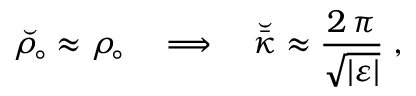
\breve { \rho _ { \! \circ } } \approx \rho _ { \! \circ } \quad \Longrightarrow \quad \breve { \bar { \kappa } } \approx \frac { 2 \, \pi } { \sqrt { \left| \varepsilon \right| } } \; ,